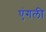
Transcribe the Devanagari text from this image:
एंगली